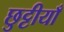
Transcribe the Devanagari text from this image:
छुट्टीयाँ